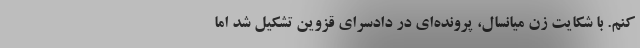
کنم. با شکایت زن میانسال، پرونده‌ای در دادسرای قزوین تشکیل شد اما